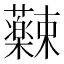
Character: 𫊚